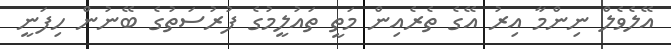
އޭލެވެލް ނިންމާ އިރު އޭގެ ތެރެއިން މަތީ ތައުލީމުގެ ފުރުސަތުގެ ބޭނުން ހިފަނީ